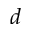
d